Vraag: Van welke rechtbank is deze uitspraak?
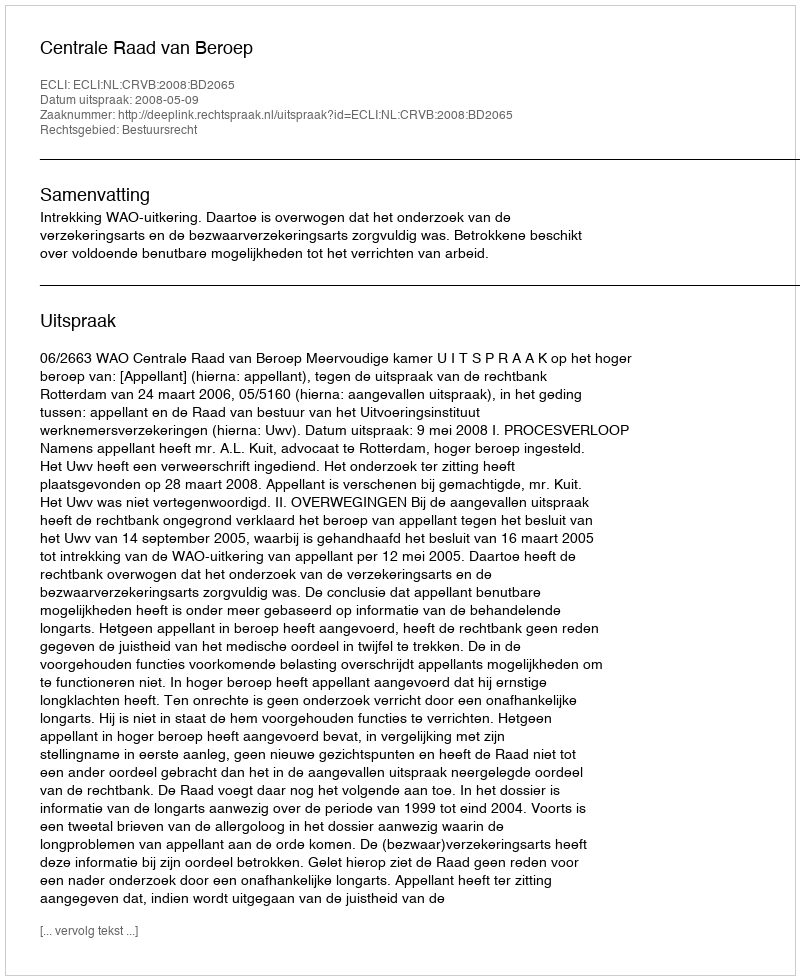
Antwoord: Centrale Raad van Beroep